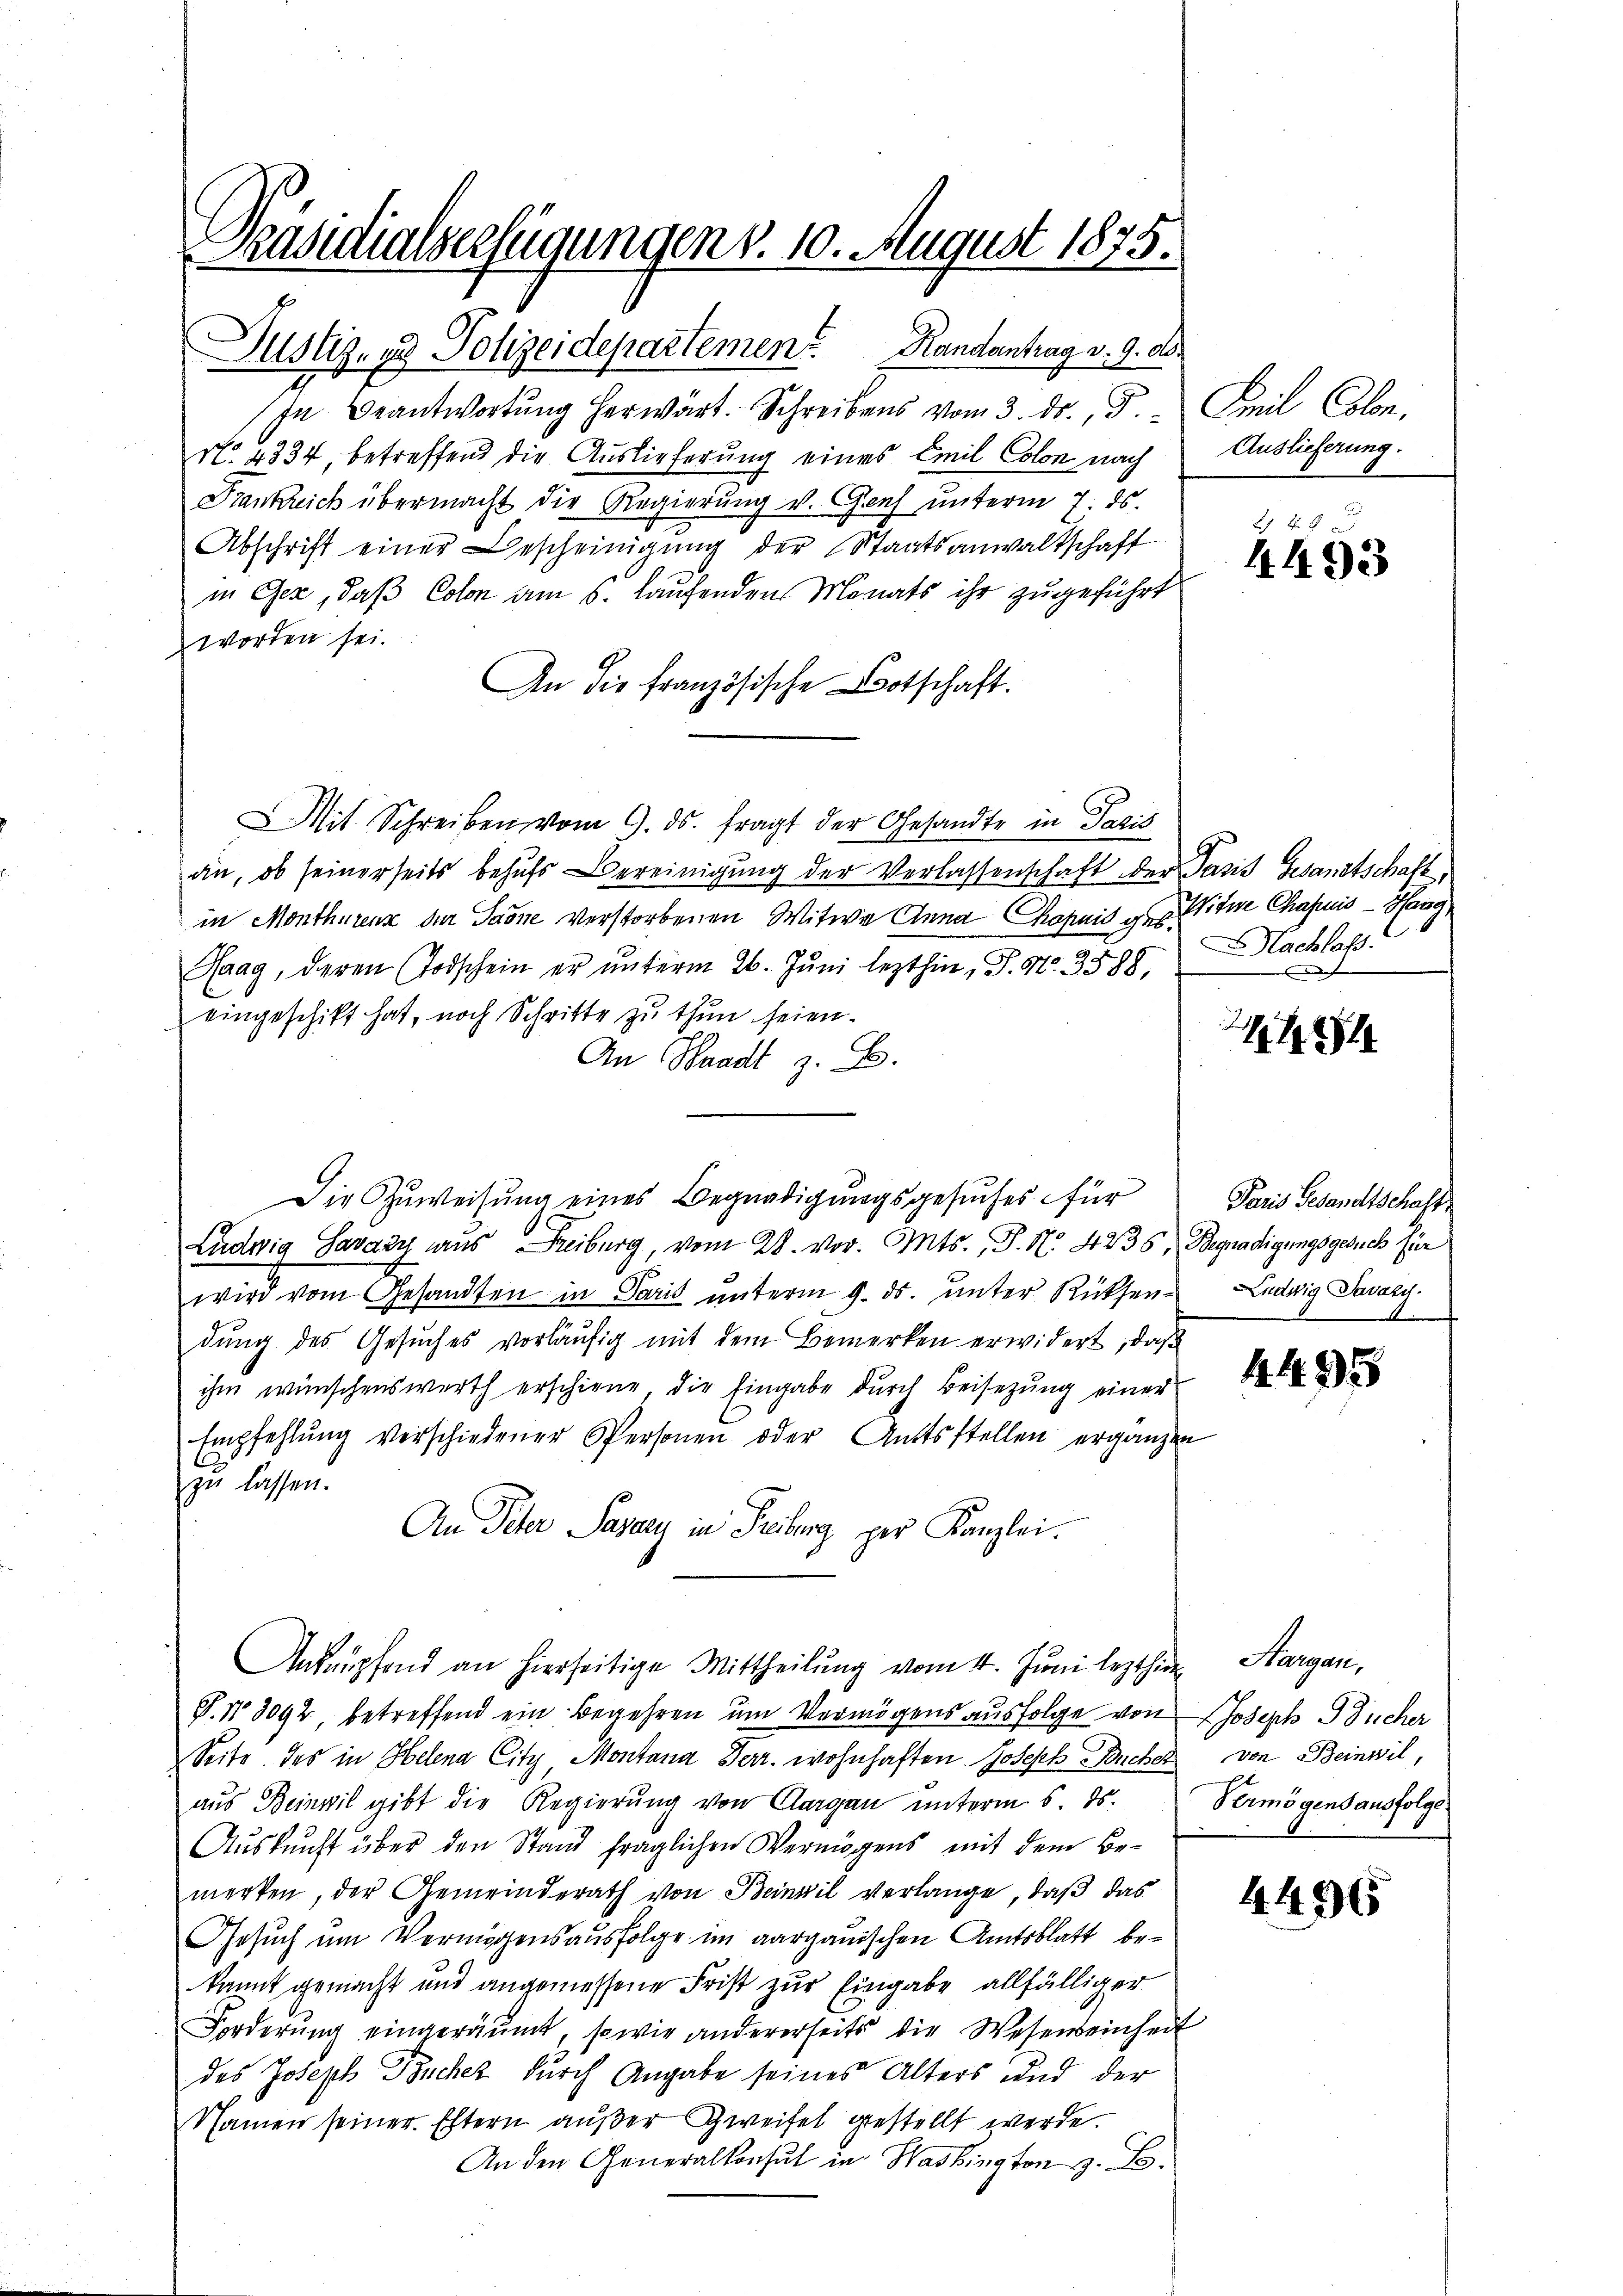
asialserfügungen v. 10. August 1875.

Justiz- und Polizeidepartemen? Handantrag v. 9. ds.

In Beantwortung herwärt. Schreibens vom 3. ds., d
No. 4334, betreffend die Auslieferung eines Emil Colon nach
Frankreich übermacht die Regierung v. Genf unterm 7. ds.
Abschrift einer Bescheinigŭng der Staatsanwaltschaft
in Gez, daß Colon am 5. laufenden Monats ihr zugeführt
worden sei.
An die französische Botschaft.
Mit Schreiben vom 9. ds. fragt der Gesandte in Paris
an, ob seinerseits behufs Bereinigung der Verlassenschaft der Pasis Gesandtschaft
in Monthurenz der Sarne verstorbenen Witwe Anna Chapnis u. Witwe Chafis - Haag,
Haag, deren Todschein er unterm 26. Juni lezthin, P. Nr. 3588,
eingeschikt hat, noch Schritte zu thun seien.
An Waadt z. B.
Die Zuweisung eines Begnadigungsgesuches für
Ludwig Savazy aus Freiburg, vom 28. vor. Mts., S. N. 4235 Begnadigungsgesuch für
wird vom Gesandten in Paris unterm 9. ds. unter Rücksen- Ludwig Savazy.
dung des Gesuches vorläufig mit dem Bemerken erwidert, daß
ihm wünschenswerth erschiene, die Eingabe durch Beisezung einer
Empfehlŭng verschiedener Personen oder Amtsstellen ergänzen
zu lassen.
An Peter Pasar in Freiberg per Kanzlei.
Ankupfend an hierseitige Mittheilŭng vom 4. Juni lezthin
P. Nr. 3092, betreffend ein Begehren um Vermögens ausfolge von
Seite. Das in Helena City, Montana Derr. wohnhaften Joseph Buchel
aus Beinwil gibt die Regierung von Clargau unterm 5. ds.
Aŭskŭnft über den Stand fraglichen Vermögens mit dem Be-
merken, der Gemeinderath von Beinwil verlange, daß das
Gesuch um Vermögensausfolge im aargauischen Amtsblatt bekannt gemacht und angemessene Frist zur Eingabe allfälliger
Forderung eingeräumt, sowie andererseits die Wesenseinheit
des Joseph Bucher durch Angabe seines Alters und der
Namen seiner Eltern außer Zweifel gestellt werde.
An den Generalkonsul in Washington z. B.

Sil Cobe.
Auslieferung.

2 48 x
4493

Nachlass.

h

Paris Gesandtschaft
d

4495

Hangen,
Joseph Bücher
von Beinwil,
Vermögens ausfolge

4496